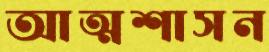
আত্মশাসন